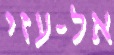
אל-עזי